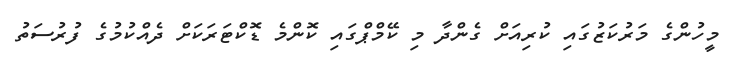
މީހުންގެ މަރުކަޒުގައި ކުރިއަށް ގެންދާ މި ކޭމްޕްގައި ކޮންމެ ޑޮކްޓަރަކަށް ދެއްކުމުގެ ފުރުސަތު